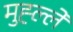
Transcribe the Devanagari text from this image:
मुह्ल्ले